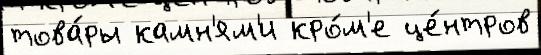
това́ры камн'ям'и кро́м'е це́нтров